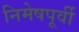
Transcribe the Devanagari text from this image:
निमेषपूर्वी